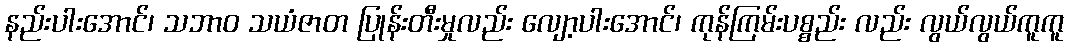
နည်းပါးအောင်၊ သဘာဝ သယံဇာတ ပြုန်းတီးမှုလည်း လျော့ပါးအောင်၊ ကုန်ကြမ်းပစ္စည်း လည်း လွယ်လွယ်ကူကူ